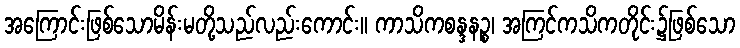
အကြောင်းဖြစ်သောမိန်းမတို့သည်လည်းကောင်း။ ကာသိကစန္ဒနဉ္စ၊ အကြင်ကသိကတိုင်း၌ဖြစ်သော